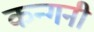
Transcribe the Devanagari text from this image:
कन्गनी